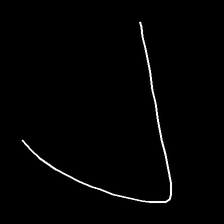
Glyph: region